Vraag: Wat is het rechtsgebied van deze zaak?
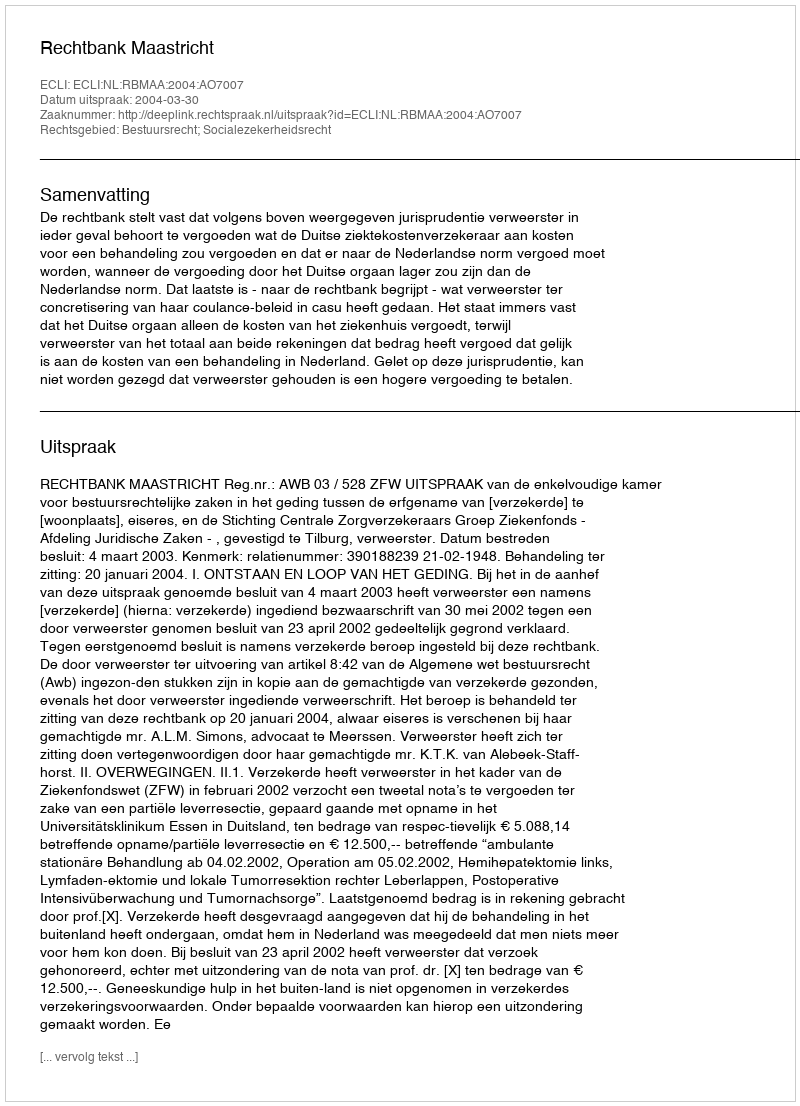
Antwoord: Bestuursrecht; Socialezekerheidsrecht